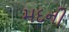
મદની